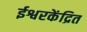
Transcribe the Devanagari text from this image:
ईश्वरकेंद्रित